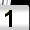
Digit: 1